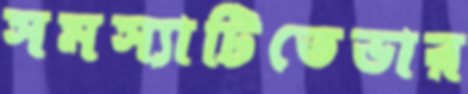
সমস্যাটিতেভার